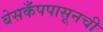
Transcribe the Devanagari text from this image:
बेसकँपपासूनची